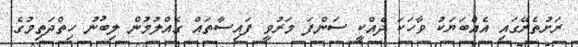
ރަށުތެރޭގައި އެއްބަޔަކު ވާހަކަ ދެއްކީ ސަންފަ މަރުވީ ފައިސާތައް ގެއްލުމުން ލިބުނު ހިތްދަތިމުގެ